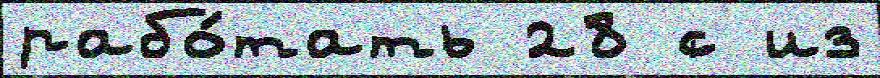
рабо́тать 28 с из